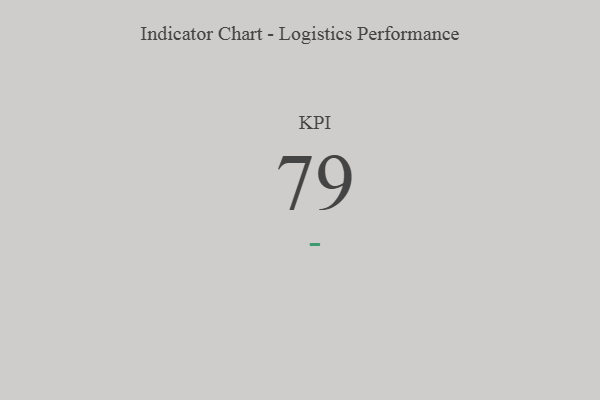
{"axis": {"x": "KPI", "y": "Value"}, "legend": [""], "data": [{"x": "KPI", "y": 79, "type": ""}]}